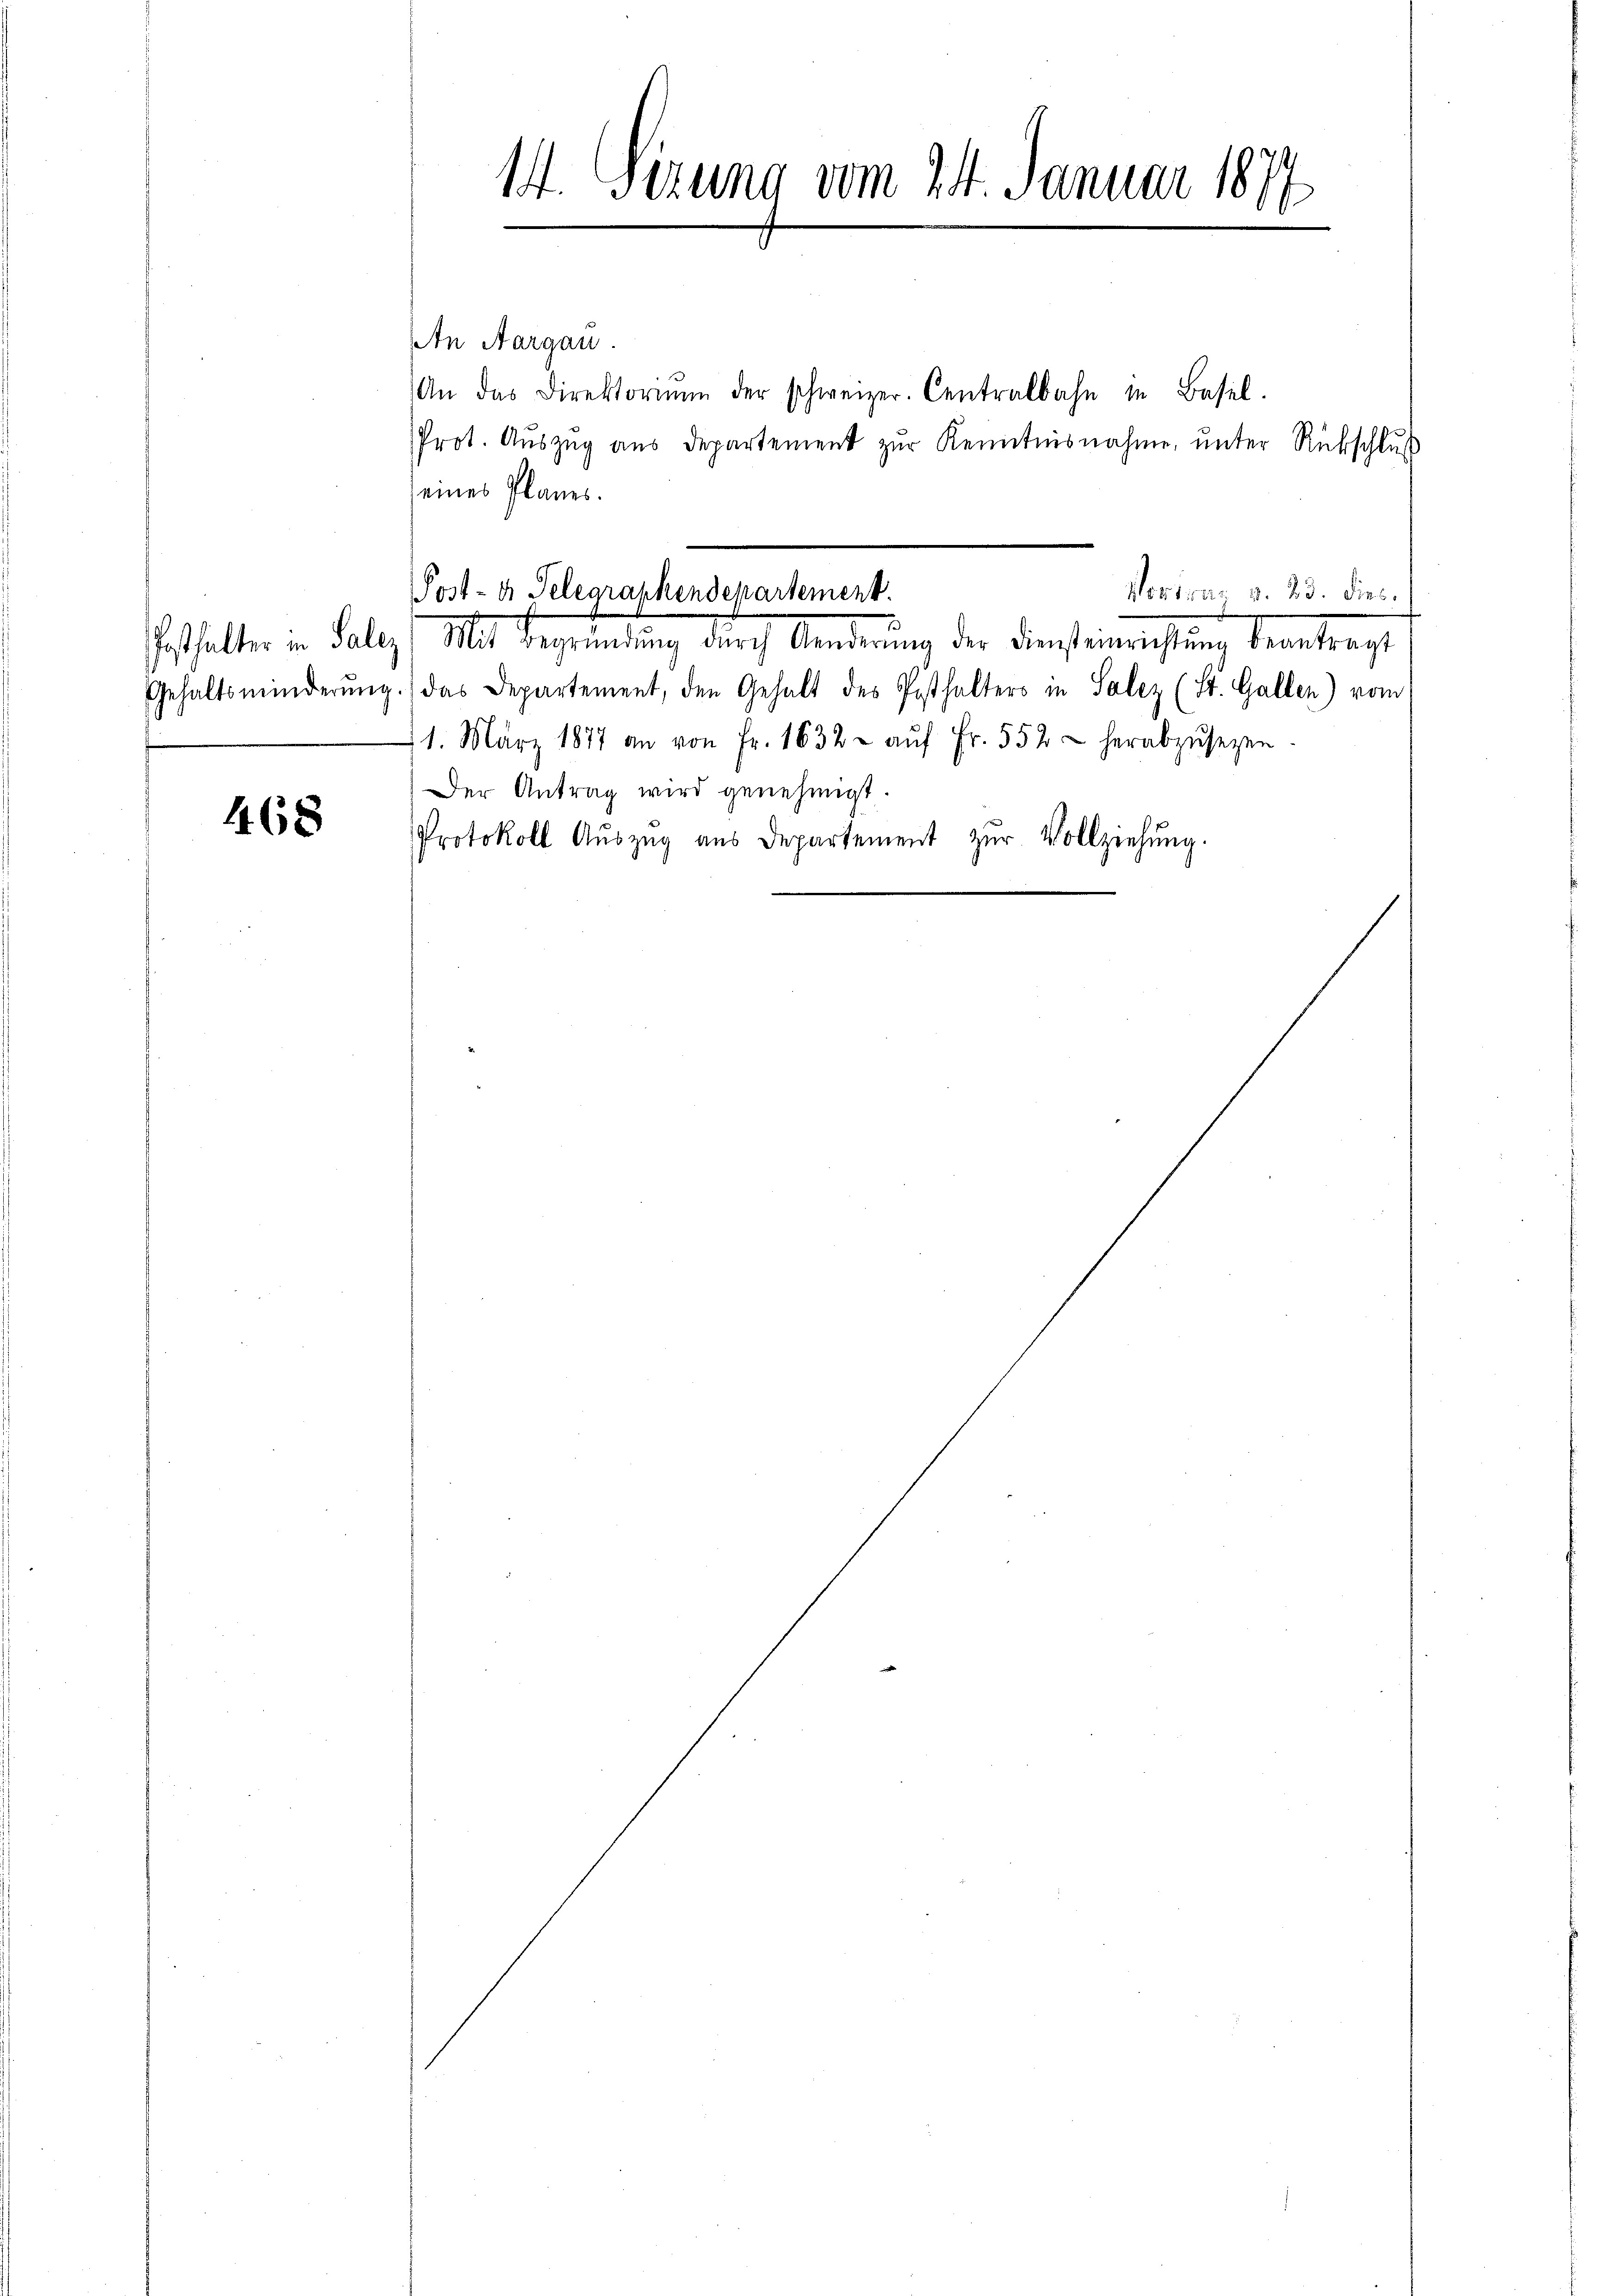
Posthalter in Salez

468

14. Jezung vom 24. Januar 1877
1

An Aargau.
An das Direktorium der schweizer. Centralbahn in Basel-
Prot. Aŭszŭg aŭs departement zŭr Kenntnisnahme, unter Rückschluß
eines Planes.
Gehaltsminderŭng.) das Departement, den Gehalt des Posthalters in Salez (St. Gallen) vom
11. März 1877 an von Fr. 1632 u aŭf Fr. 552 - herabzŭsezen.
Der Antrag wird genehmigt.
Protokoll Aŭszŭg aŭs Departement zŭr Vollziehŭng.

Post- u. Telegraphendepartement.
Vortrag v. 23. dies
e
Mit Begründung durch Kinderung der Finsteinrichtung beantragt